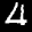
Label: 4